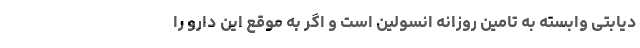
دیابتی وابسته به تامین روزانه انسولین است و اگر به موقع این دارو را